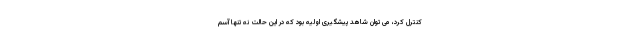
کنترل کرد، می توان شاهد پیشگیری اولیه بود که در این حالت نه تنها آسم